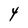
Character: Y